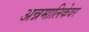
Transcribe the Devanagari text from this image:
अन्नमालिकेवर